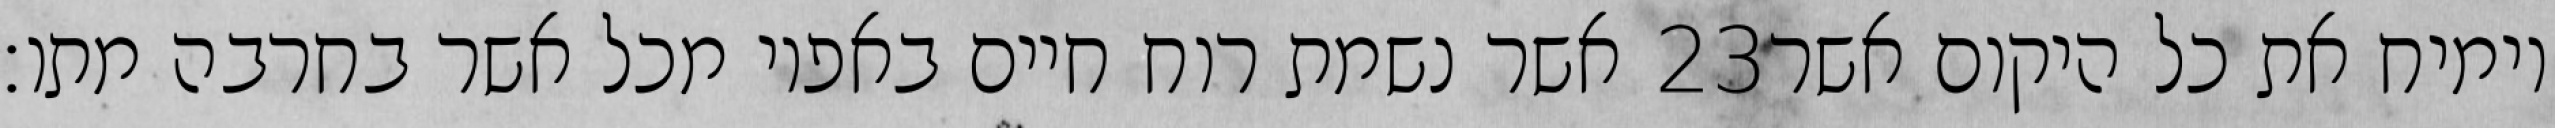
אשר נשמת רוח חיים באפיו מכל אשר בחרבה מתו׃ ‎23‏ וימיח את כל היקום אשר